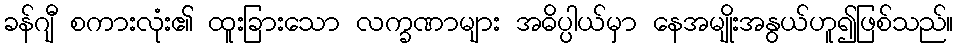
ခန်ဂျီ စကားလုံး၏ ထူးခြားသော လက္ခဏာများ အဓိပ္ပါယ်မှာ နေအမျိုးအနွယ်ဟူ၍ဖြစ်သည်။